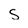
Character: S